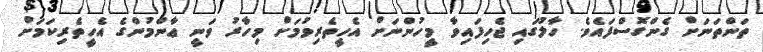
ތަންތަނަށް ގެންގޮސްފައެވެ. ހާލުގައި ޖެހިފައިވާ މީހުންނަށް އެހީތެރިވުމަށް މިހާރު ވަނީ ޢާންމުންގެ އެހީތެރިކަމަށް